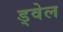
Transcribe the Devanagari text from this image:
ड्वेल